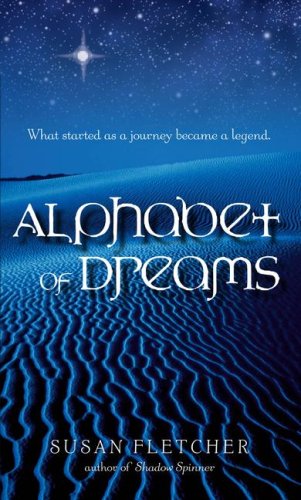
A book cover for Alphabet of Dreams; Susan Fletcher; Teen & Young Adult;